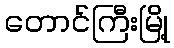
တောင်ကြီးမြို့